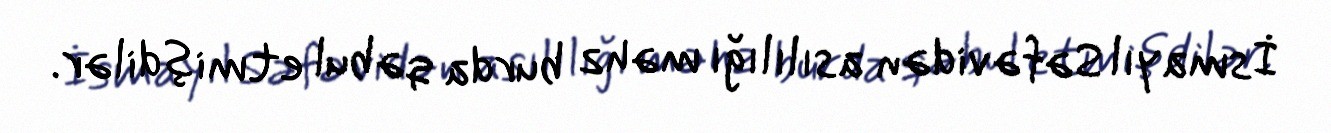
İsmayıl Səfəvidən asılılığı məhz burda qəbul etmişdilər.